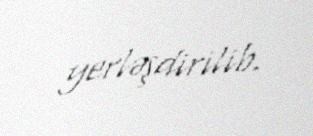
yerləşdirilib.